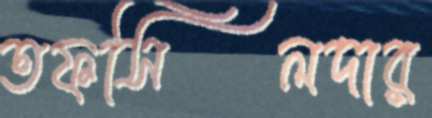
তফসিলদার